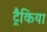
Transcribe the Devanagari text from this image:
ट्रैकिया